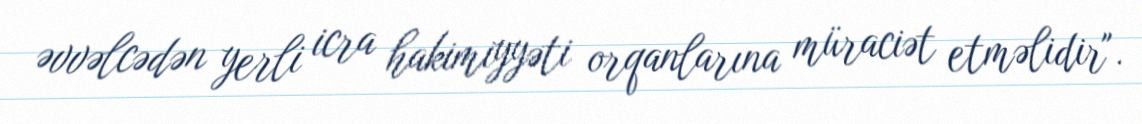
əvvəlcədən yerli icra hakimiyyəti orqanlarına müraciət etməlidir".